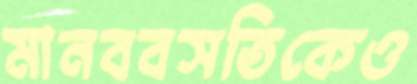
মানববসতিকেও